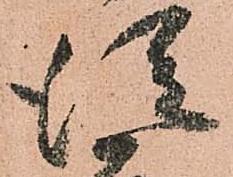
従